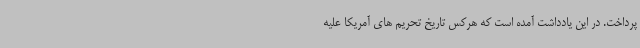
پرداخت. در این یادداشت آمده است که هرکس تاریخ تحریم های آمریکا علیه